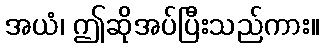
အယံ၊ ဤဆိုအပ်ပြီးသည်ကား။